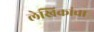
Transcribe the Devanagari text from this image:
लेखिकांचा